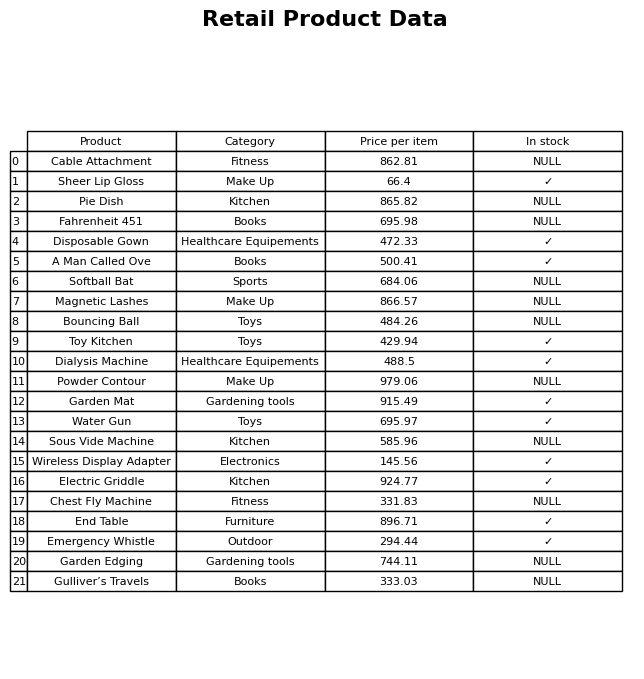
question: What is the price of the Electric Griddle?
answer: The price of Electric Griddle is 924.77.